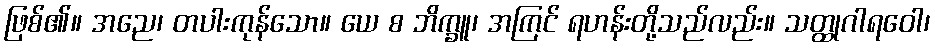
ဖြစ်၏။ အညေ၊ တပါးကုန်သော။ ယေ စ ဘိက္ခူ၊ အကြင် ရဟန်းတို့သည်လည်း။ သတ္ထုဂါရဝေါ၊